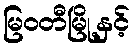
မြဝတီမြို့နှင့်